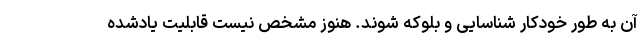
آن به طور خودکار شناسایی و بلوکه شوند. هنوز مشخص نیست قابلیت یادشده